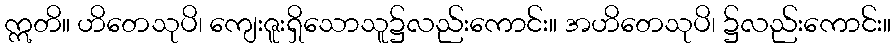
ဣတိ။ ဟိတေသုပိ၊ ကျေးဇူးရှိသောသူ၌လည်းကောင်း။ အဟိတေသုပိ၊ ၌လည်းကောင်း။